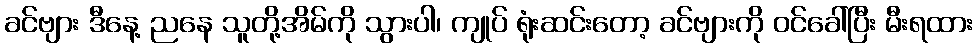
ခင်ဗျား ဒီနေ့ ညနေ သူတို့အိမ်ကို သွားပါ၊ ကျုပ် ရုံးဆင်းတော့ ခင်ဗျားကို ဝင်ခေါ်ပြီး မီးရထား